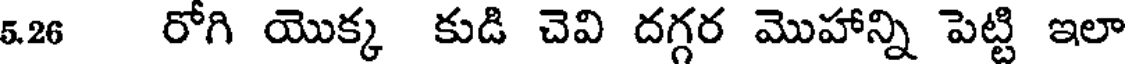
5.26 రోగి యొక్క కుడి చెవి దగ్గర మొహాన్ని పెట్టి ఇలా